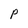
Character: P